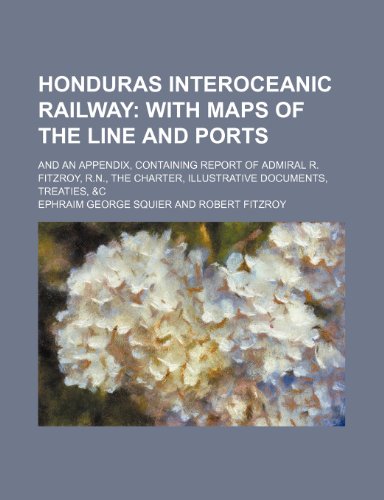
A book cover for Honduras interoceanic railway;  with maps of the line and ports. and an appendix, containing report of Admiral R. Fitzroy, R.N., the charter, illustrative documents, treaties, &c; Ephraim George Squier; Travel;